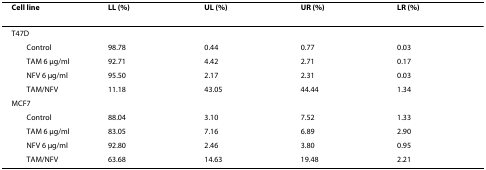
<table><thead><tr><td><b>Cell line</b></td><td><b>LL (%)</b></td><td><b>UL (%)</b></td><td><b>UR (%)</b></td><td><b>LR (%)</b></td></tr></thead><tbody><tr><td>T47D</td><td></td><td></td><td></td><td></td></tr><tr><td> Control</td><td>98.78</td><td>0.44</td><td>0.77</td><td>0.03</td></tr><tr><td> TAM 6 μg/ml</td><td>92.71</td><td>4.42</td><td>2.71</td><td>0.17</td></tr><tr><td> NFV 6 μg/ml</td><td>95.50</td><td>2.17</td><td>2.31</td><td>0.03</td></tr><tr><td> TAM/NFV</td><td>11.18</td><td>43.05</td><td>44.44</td><td>1.34</td></tr><tr><td>MCF7</td><td></td><td></td><td></td><td></td></tr><tr><td> Control</td><td>88.04</td><td>3.10</td><td>7.52</td><td>1.33</td></tr><tr><td> TAM 6 μg/ml</td><td>83.05</td><td>7.16</td><td>6.89</td><td>2.90</td></tr><tr><td> NFV 6 μg/ml</td><td>92.80</td><td>2.46</td><td>3.80</td><td>0.95</td></tr><tr><td> TAM/NFV</td><td>63.68</td><td>14.63</td><td>19.48</td><td>2.21</td></tr></tbody></table>